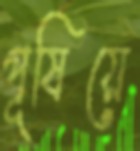
পূষিয়ে